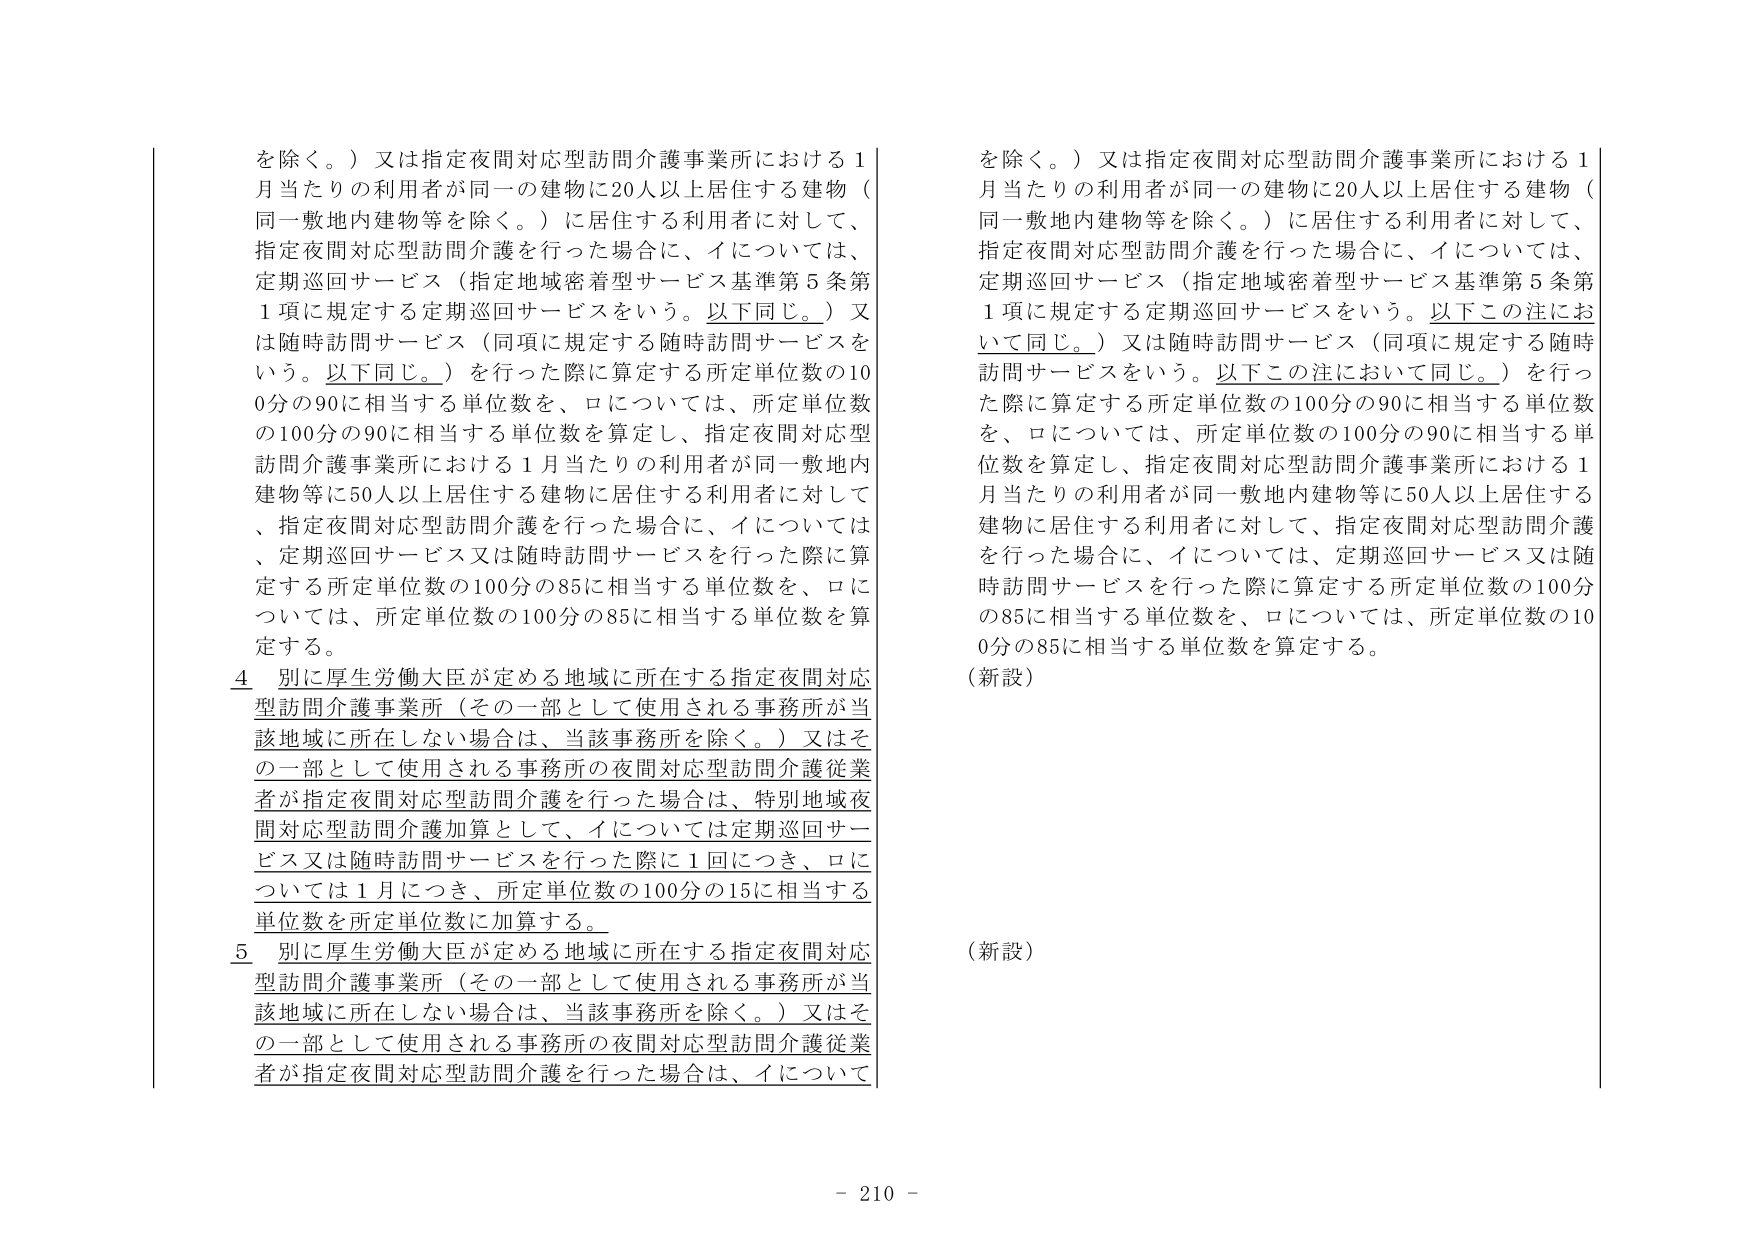
を除く。）又は指定夜間対応型訪問介護事業所における１月当たりの利用者が同一の建物に20人以上居住する建物（同一敷地内建物等を除く。）に居住する利用者に対して、指定夜間対応型訪問介護を行った場合に、イについては、定期巡回サービス（指定地域密着型サービス基準第５条第１項に規定する定期巡回サービスをいう。以下同じ。）又は随時訪問サービス（同項に規定する随時訪問サービスをいう。以下同じ。）を行った際に算定する所定単位数の100分の90に相当する単位数を、ロについては、所定単位数の100分の90に相当する単位数を算定し、指定夜間対応型訪問介護事業所における１月当たりの利用者が同一敷地内建物等に50人以上居住する建物に居住する利用者に対して、指定夜間対応型訪問介護を行った場合に、イについては、定期巡回サービス又は随時訪問サービスを行った際に算定する所定単位数の100分の85に相当する単位数を、ロについては、所定単位数の100分の85に相当する単位数を算定する。

４ 別に厚生労働大臣が定める地域に所在する指定夜間対応型訪問介護事業所（その一部として使用される事務所が当該地域に所在しない場合は、当該事務所を除く。）又はその一部として使用される事務所の夜間対応型訪問介護従業者が指定夜間対応型訪問介護を行った場合は、特別地域夜間対応型訪問介護加算として、イについては定期巡回サービス又は随時訪問サービスを行った際に１回につき、ロについては１月につき、所定単位数の100分の15に相当する単位数を所定単位数に加算する。

５ 別に厚生労働大臣が定める地域に所在する指定夜間対応型訪問介護事業所（その一部として使用される事務所が当該地域に所在しない場合は、当該事務所を除く。）又はその一部として使用される事務所の夜間対応型訪問介護従業者が指定夜間対応型訪問介護を行った場合は、イについて

を除く。）又は指定夜間対応型訪問介護事業所における１月当たりの利用者が同一の建物に20人以上居住する建物（同一敷地内建物等を除く。）に居住する利用者に対して、指定夜間対応型訪問介護を行った場合に、イについては、定期巡回サービス（指定地域密着型サービス基準第５条第１項に規定する定期巡回サービスをいう。以下この注において同じ。）又は随時訪問サービス（同項に規定する随時訪問サービスをいう。以下この注において同じ。）を行った際に算定する所定単位数の100分の90に相当する単位数を、ロについては、所定単位数の100分の90に相当する単位数を算定し、指定夜間対応型訪問介護事業所における１月当たりの利用者が同一敷地内建物等に50人以上居住する建物に居住する利用者に対して、指定夜間対応型訪問介護を行った場合に、イについては、定期巡回サービス又は随時訪問サービスを行った際に算定する所定単位数の100分の85に相当する単位数を、ロについては、所定単位数の100分の85に相当する単位数を算定する。

（新設）

（新設）

- 210 -